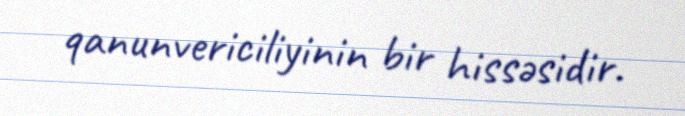
qanunvericiliyinin bir hissəsidir.